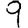
Digit: 9